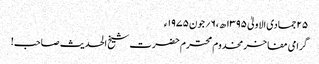
۲۵جمادی الاولیٰ ۱۳۹۵ھ ،۶؍جون ۱۹۷۵ء
گرامی مفاخر مخدوم محترم حضرت شیخ الحدیث صاحب!